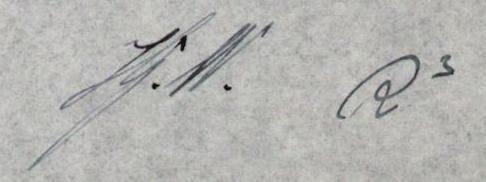
J.W. R3